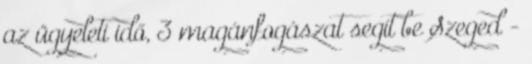
az ügyeleti idő, 3 magánfogászat segít be Szeged -